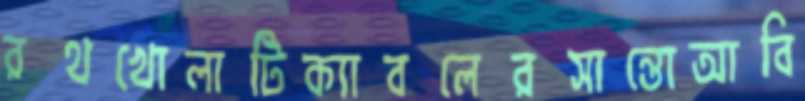
রথখোলাটিক্যাবলেরসান্তোআবি